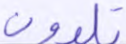
تلوون